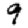
Digit: 9